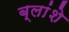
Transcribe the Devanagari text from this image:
ब्लांशे